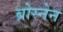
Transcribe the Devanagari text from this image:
ब्रोस्नेन